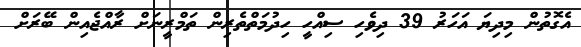
އެގޮތުން މިދިޔަ އަހަރު 39 ދިވެހި ސިއްހީ ހިދުމަތްތެރިން ތަމްރީނަށް ރާއްޖެއިން ބޭރަށް